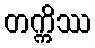
တက္ကိဿ